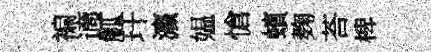
褊適觚玕瀛媪愴蠙麹荅椑